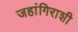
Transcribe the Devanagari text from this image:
जहांगिराशी